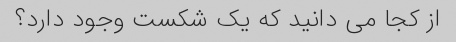
از کجا می دانید که یک شکست وجود دارد؟